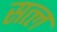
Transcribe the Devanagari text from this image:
सत्ल